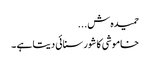
حمیدہ ش...
خاموشی کا شور سنائی دیتا ہے ۔